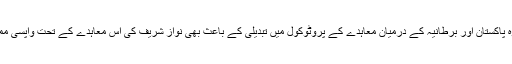
اس کے علاوہ پاکستان اور برطانیہ کے درمیان معاہدے کے پروٹوکول میں تبدیلی کے باعث بھی نواز شریف کی اس معاہدے کے تحت واپسی ممکن نہیں ہے۔